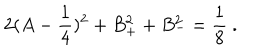
2 ( A - { \frac { 1 } { 4 } } ) ^ { 2 } + B _ { + } ^ { 2 } + B _ { - } ^ { 2 } = { \frac { 1 } { 8 } } \ .